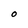
Character: O